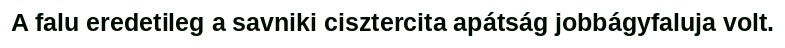
A falu eredetileg a savniki cisztercita apátság jobbágyfaluja volt.